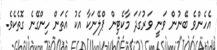
އެހެންވެ ބޭނުން ވަނީ ވަރުގަދަ މާކެޓިން ޕްލޭނަކާ އެކު އެތަން ހިންގޭނެ ގޮތެކެވެ.